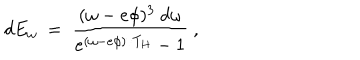
d E _ { \omega } ~ = ~ \frac { ( \omega - e \phi ) ^ { 3 } ~ d \omega } { e ^ { ( \omega - e \phi ) / T _ { H } } - 1 } ~ ,